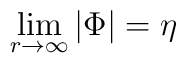
\lim_{r \rightarrow \infty} |\Phi | =\eta